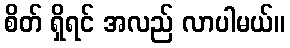
စိတ် ရှိရင် အလည် လာပါမယ်။